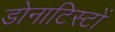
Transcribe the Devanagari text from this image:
डोनाटिस्टों